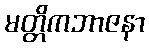
မတ္တိကဘာဇနာ